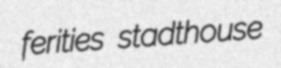
ferities stadthouse